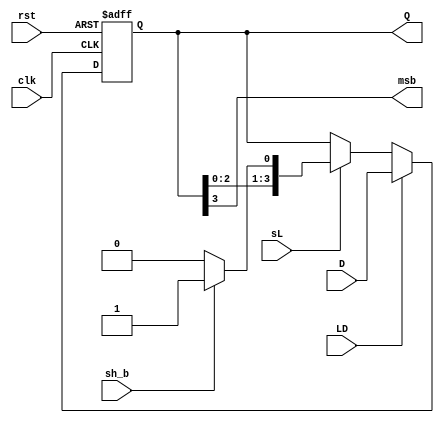
`timescale 1ns / 1ps
module x_reg(
    input clk, rst, LD, sL, sh_b,         // sh_b == shift bit val
    input [3:0] D,
    output reg [3:0] Q,
    output reg msb
    );

wire [3:0] out;
assign out = Q;

always @(posedge clk, posedge rst) begin
    if (rst)      Q <= 4'b0000;          // Reset (load 0)
    else if (LD)  Q <= D;                // Set
    else if (sL) begin
        if (sh_b) Q <= {out[2:0], 1'b1}; // SL w/ 1
        else      Q <= {out[2:0], 1'b0}; // SL w/ 0
    end
    else          Q <= out;              // Hold

end
always @(Q) begin
    msb = out[3];                        // MSB output
end
endmodule